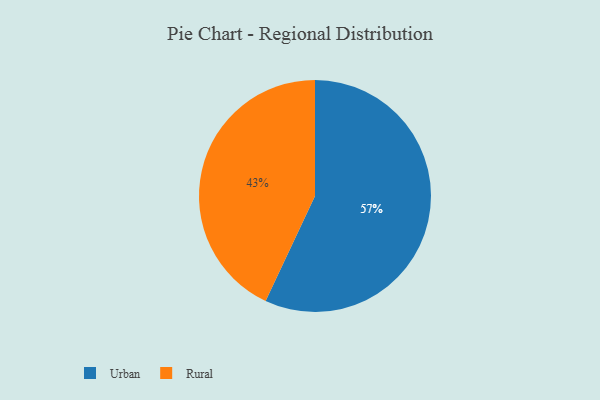
{"axis": {"x": "Category", "y": "Percentage"}, "legend": ["Rural", "Urban"], "data": [{"x": "Rural", "y": 43, "type": "Rural"}, {"x": "Urban", "y": 57, "type": "Urban"}]}